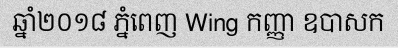
ឆ្នាំ២០១៨ ភ្នំពេញ Wing កញ្ញា ឧបាសក